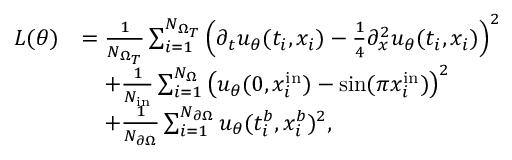
\begin{array} { r l } { L ( \theta ) } & { = \frac { 1 } { N _ { \Omega _ { T } } } \sum _ { i = 1 } ^ { N _ { \Omega _ { T } } } \left( \partial _ { t } u _ { \theta } ( t _ { i } , x _ { i } ) - \frac 1 4 \partial _ { x } ^ { 2 } u _ { \theta } ( t _ { i } , x _ { i } ) \right) ^ { 2 } } \\ & { \quad + \frac { 1 } { N _ { \mathrm { i n } } } \sum _ { i = 1 } ^ { N _ { \Omega } } \left( u _ { \theta } ( 0 , x _ { i } ^ { \mathrm { i n } } ) - \sin ( \pi x _ { i } ^ { \mathrm { i n } } ) \right) ^ { 2 } } \\ & { \quad + \frac { 1 } { N _ { \partial \Omega } } \sum _ { i = 1 } ^ { N _ { \partial \Omega } } u _ { \theta } ( t _ { i } ^ { b } , x _ { i } ^ { b } ) ^ { 2 } , } \end{array}